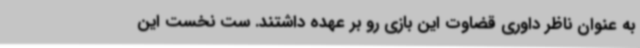
به عنوان ناظر داوری قضاوت این بازی رو بر عهده داشتند. ست نخست این